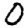
Digit: 0